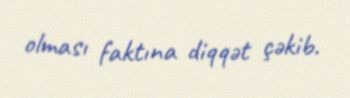
olması faktına diqqət çəkib.